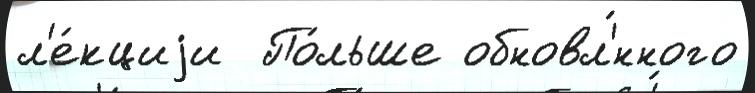
л'е́кциjи  По́льше обновл'́нного